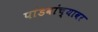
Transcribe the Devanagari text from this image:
पांडवांच्यावर